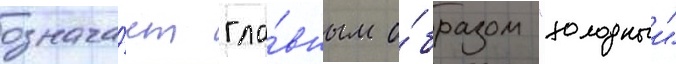
означа́ет гла́вным о́бразом "холодныи"